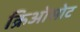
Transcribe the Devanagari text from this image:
क्रिओसोट